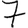
Digit: 7